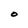
Character: O